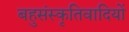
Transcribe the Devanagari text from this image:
बहुसंस्कृतिवादियों